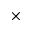
\times